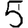
Digit: 5